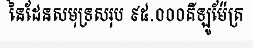
នៃដែនសមុទ្រសរុប ៩៥.០០០គីឡូម៉ែត្រ